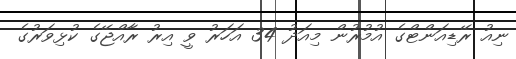
ނިއު ރޭޑިއަންޓްގެ އުމުރުން މިއަދު 34 އަހަރު ވީ އިރު ރާއްޖޭގެ ކުޅިވަރުގެ